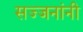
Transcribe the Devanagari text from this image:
सज्जनांनी